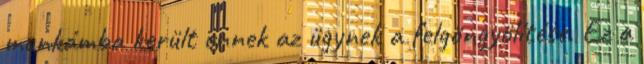
munkámba került ennek az ügynek a felgöngyölítése. Ez a